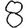
Digit: 8